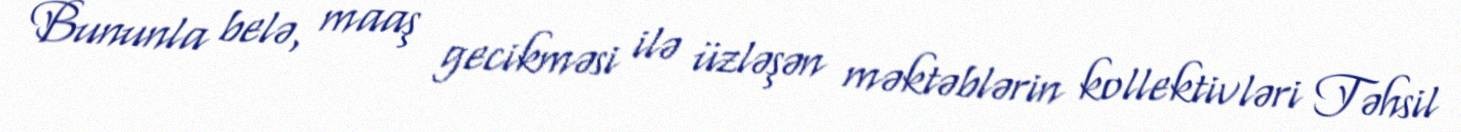
Bununla belə, maaş gecikməsi ilə üzləşən məktəblərin kollektivləri Təhsil